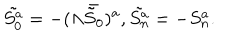
LaTeX: \tilde { S _ { 0 } ^ { a } } = - ( \Lambda \bar { \tilde { S } _ { 0 } } ) ^ { a } , \tilde { S _ { n } ^ { a } } = - S _ { n } ^ { a } .